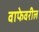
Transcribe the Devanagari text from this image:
वाफेवरील